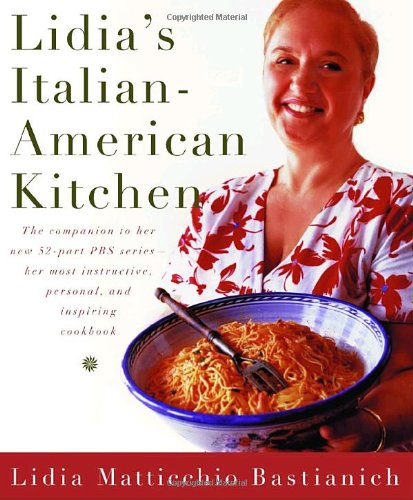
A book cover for Lidia's Italian-American Kitchen; Lidia Matticchio Bastianich; Cookbooks, Food & Wine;